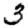
Digit: 3